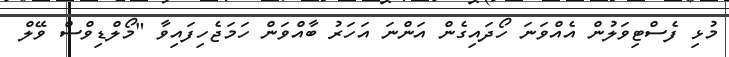
މުޅި ފެސްޓިވަލުން އެއްވަނަ ހޯދައިގެން އަންނަ އަހަރު ބާއްވަން ހަމަޖެހިފައިވާ "މޯލްޑިވްސް ވޭލް